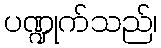
ပဏ္ဍုက်သည်၊